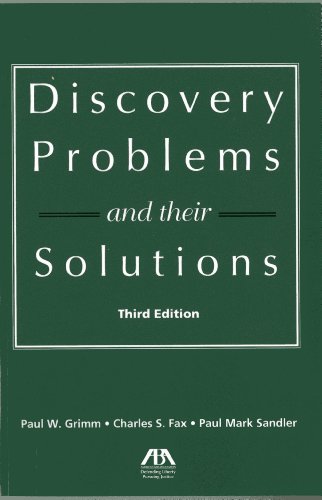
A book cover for Discovery Problems and Their Solutions; Charles S. Fax; Law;